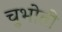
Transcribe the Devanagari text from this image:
चुभोती